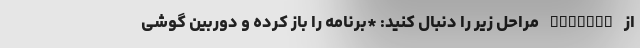
از Measure مراحل زیر را دنبال کنید: *برنامه را باز کرده و دوربین گوشی